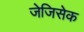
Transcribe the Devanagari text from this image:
जेजिसेक